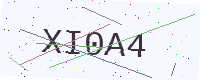
Text: XI0A4